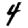
Digit: 4